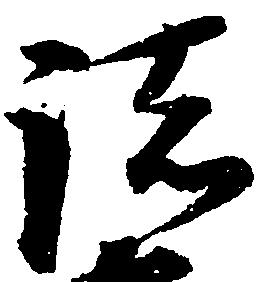
諸